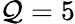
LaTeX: \mathcal{Q}=5